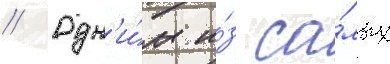
// Одн'и́м и́з са́мых